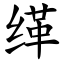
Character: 缂